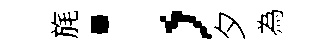
旄；夕為